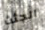
الجثث